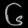
Digit: ၆